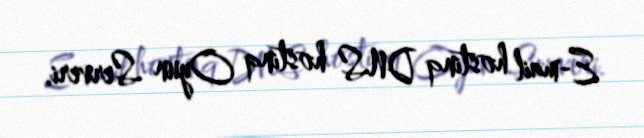
E-mail hostinq DNS hostinq Oyun Serveri.